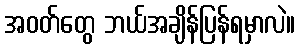
အဝတ်တွေ ဘယ်အချိန်ပြန်ရမှာလဲ။